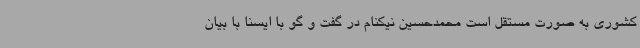
کشوری به صورت مستقل است محمدحسین نیکنام در گفت و گو با ایسنا با بیان